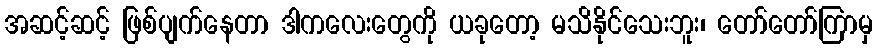
အဆင့်ဆင့် ဖြစ်ပျက်နေတာ ဒါကလေးတွေကို ယခုတော့ မသိနိုင်သေးဘူး၊ တော်တော်ကြာမှ